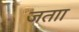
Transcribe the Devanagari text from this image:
जताा